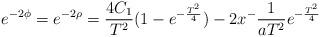
LaTeX: \begin{align*}e^{-2\phi}=e^{-2\rho}= \frac{4C_1}{T^2} (1-e^{-\frac{T^2}{4}}) -2x^- \frac{1}{a T^2} e^{-\frac{T^2}{4}} \end{align*}